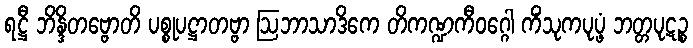
ရဋ္ဌီ ဘိန္ဒိတဗ္ဗောတိ ပစ္စုပဋ္ဌာတဗ္ဗာ ဩဘာသာဒိကေ တိကဏ္ဍကီဝဂ္ဂေါ ကိံသုကပုပ္ဖံ ဘတ္တပုဋဉ္စ